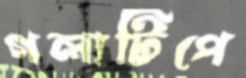
গলাটিপে